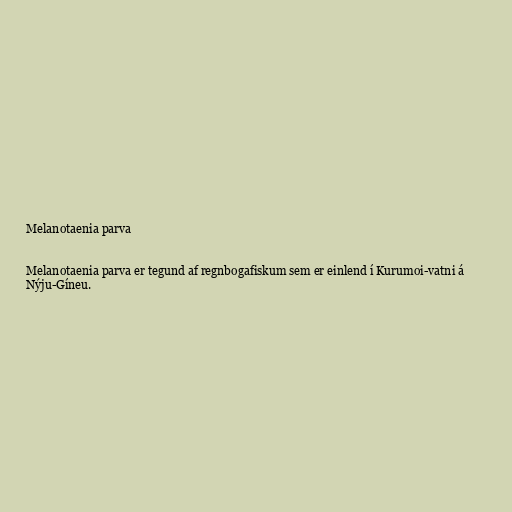
Melanotaenia parva

Melanotaenia parva er tegund af regnbogafiskum sem er einlend í Kurumoi-vatni á
Nýju-Gíneu.